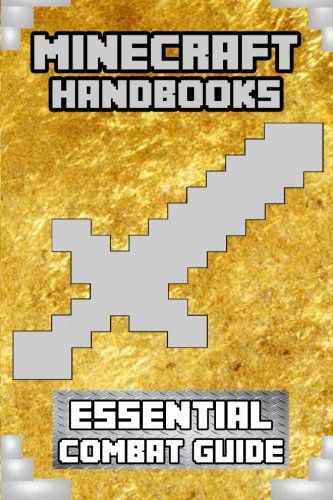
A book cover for Minecraft Handbooks: Essential Combat Guide (Volume 3); Steve Does Minecraft; Children's Books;